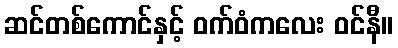
ဆင်တစ်ကောင်နှင့် ဝက်ဝံကလေး ဝင်နီ။